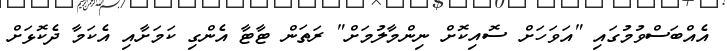
އެއްބަސްވުމުގައި "އަވަހަށް ސޮއިކޮށް ނިންމާލުމަށް" ރަތަން ޓާޓާ އެންގި ކަމަށާއި އެކަމާ ދެކޮޅަށް